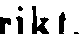
rikt.